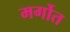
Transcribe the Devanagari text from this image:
मर्गोत